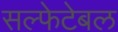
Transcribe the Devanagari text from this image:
सल्फेटेबल